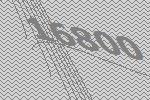
16800